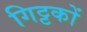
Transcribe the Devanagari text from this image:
गिट्टकों